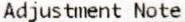
ADJUSTMENT NOTE